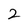
Character: 2